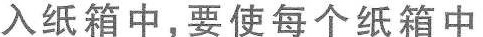
入纸箱中，要使每个纸箱中